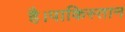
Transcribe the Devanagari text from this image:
है।पाकिस्तान